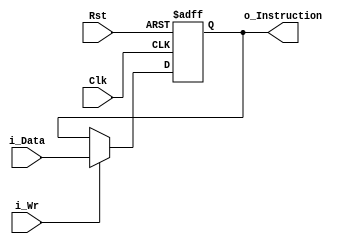
module RISCV_InstReg(input Clk,input Rst,input i_Wr,input [31:0] i_Data,output [31:0] o_Instruction);

reg [31:0] r_Instruction;
assign o_Instruction = r_Instruction;

always @(posedge Clk or posedge Rst) 
begin

if(Rst)
begin
r_Instruction <= 0;
end 
else 
begin
if(i_Wr)
begin
r_Instruction <= i_Data;
end
end
end

endmodule